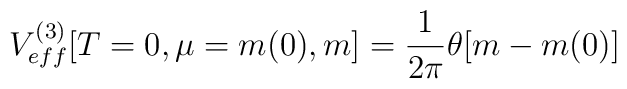
V_{eff}^{(3)}[T=0,\mu=m(0),m]=\frac{1}{2\pi}\theta[m-m(0)]